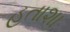
હતાશા